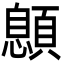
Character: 𩔨